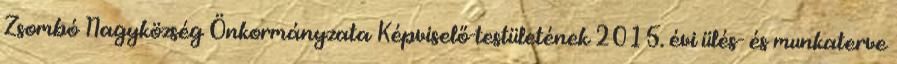
Zsombó Nagyközség Önkormányzata Képviselő-testületének 2015. évi ülés- és munkaterve